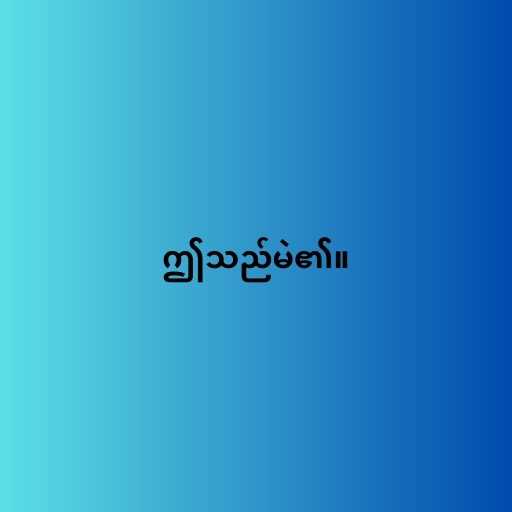
ဤသည်မဲ၏။